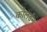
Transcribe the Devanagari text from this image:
कोलडॅन